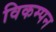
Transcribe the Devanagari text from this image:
विकम्पन